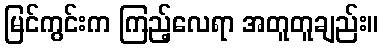
မြင်ကွင်းက ကြည့်လေရာ အတူတူချည်း။